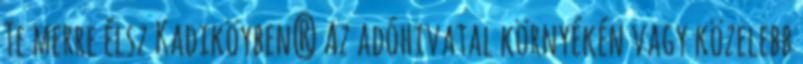
Te merre élsz Kadiköyben? Az adóhivatal környékén vagy közelebb